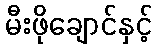
မီးဖိုချောင်နှင့်